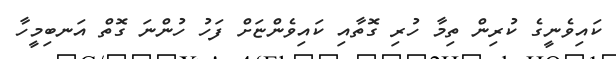
ކައިވެނީގެ ކުރިން ތިމާ ހުރި ގޮތާއި ކައިވެންޏަށް ފަހު ހުންނަ ގޮތް އަނބިމީހާ